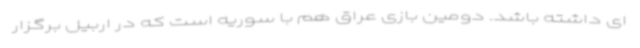
ای داشته باشد. دومین بازی عراق هم با سوریه است که در اربیل برگزار